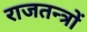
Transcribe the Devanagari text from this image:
राजतन्त्रों